Leaving Certificate Examination, 1924
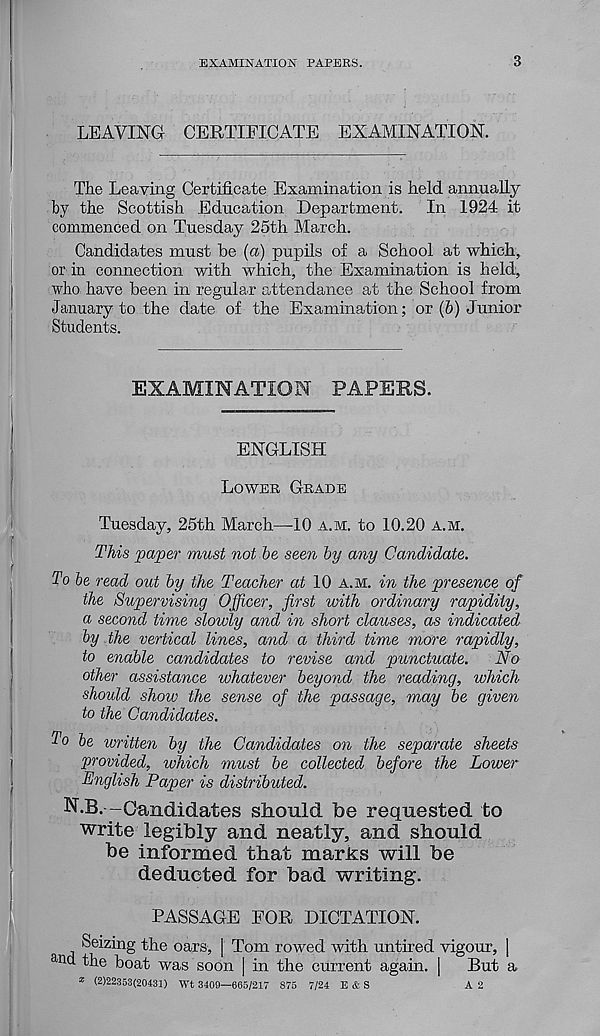
EXAMINATION PAPERS.
3
LEAVING CERTIFICATE EXAMINATION.
The Leaving Certificate Examination is held annually
by the Scottish Education Department. In 1924 it
commenced on Tuesday 25th March.
Candidates must be (a) pupils of a School at which,
or in connection with which, the Examination is held,
who have been in regular attendance at the School from
January to the date of the Examination; or (6) Junior
Students.
EXAMINATION PAPERS.
ENGLISH
LOWER GRADE
Tuesday, 25th March—10 A.M. to 10.20 A.M.
This paper must not be seen by any Candidate.
To be read out by the Teacher at 10 A.M. in the presence of
the Supervising Officer, first with ordinary rapidity,
a second time slowly and in short clauses, as indicated
by the vertical lines, and a third time more rapidly,
to enable candidates to revise and punctuate.
No
other assistance whatever beyond the reading, which
should show the sense of the passage, may be given
to the Candidates.
To be written by the Candidates on the separate sheets
provided, ivhich must be collected before the Lower
English Paper is distributed.
N.B. -Candidates should foe requested to
write legibly and neatly, and should
be informed that marhs will foe
deducted for bad writing.
PASSAGE FOR DICTATION.
Seizing the oars, | Tom rowed with untired vigour, |
and. the boat was soon | in the current agam. ) But a
* (2)22353(20431) Wt 3409—665/217 875 7/24 E & S
A 2